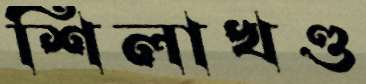
শিলাখণ্ড